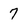
Character: 7